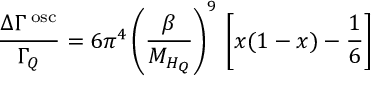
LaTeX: \frac { \Delta \Gamma ^ { \mathrm { \tiny ~ o s c } } } { \Gamma _ { Q } } = 6 \pi ^ { 4 } \left( \frac { \beta } { M _ { H _ { Q } } } \right) ^ { 9 } \, \left[ x ( 1 - x ) - \frac { 1 } { 6 } \right]